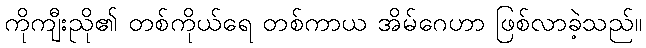
ကိုကျီးညို၏ တစ်ကိုယ်ရေ တစ်ကာယ အိမ်ဂေဟာ ဖြစ်လာခဲ့သည်။